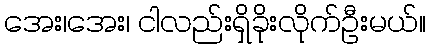
အေး၊အေး၊ ငါလည်းရှိခိုးလိုက်ဦးမယ်။